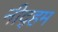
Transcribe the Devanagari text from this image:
नीद्हम